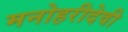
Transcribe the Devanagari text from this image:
मनोहरीदेवी